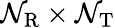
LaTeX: \mathcal{N}_{\mathrm{{R}}}\times\mathcal{N}_{\mathrm{{T}}}